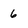
Character: 6